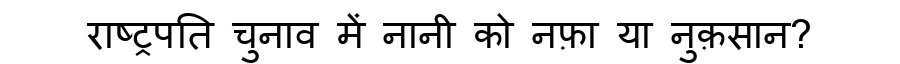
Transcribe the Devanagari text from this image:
राष्ट्रपति चुनाव में नानी को नफ़ा या नुक़सान?